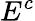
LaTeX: E^{c}